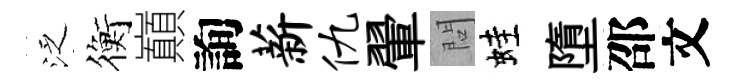
泛衡巔詢薪仇翬問蛙墮邵文